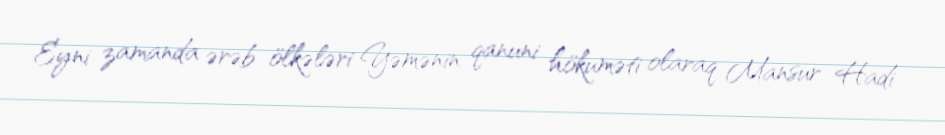
Eyni zamanda ərəb ölkələri Yəmənin qanuni hökuməti olaraq Mansur Hadi